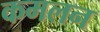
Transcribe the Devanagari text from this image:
कमलन